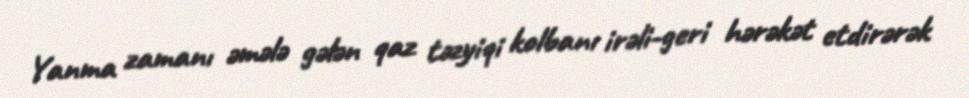
Yanma zamanı əmələ gələn qaz təzyiqi kolbanı irəli-geri hərəkət etdirərək